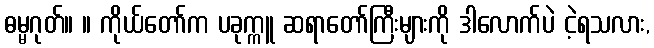
ဓမ္မဂုတ်။ ။ ကိုယ်တော်က ပခုက္ကူ ဆရာတော်ကြီးများကို ဒါလောက်ပဲ ငဲ့ရသလား,